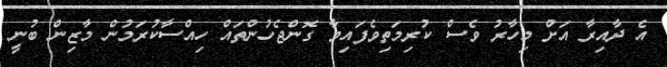
އެ ދާއިރާ އަށް މިހާރު ވެސް ކުރިމަތިވެފައިވާ ގޮންޖެހުންތައް ހިއްސާކުރަމުން މާޒިން ބުނީ